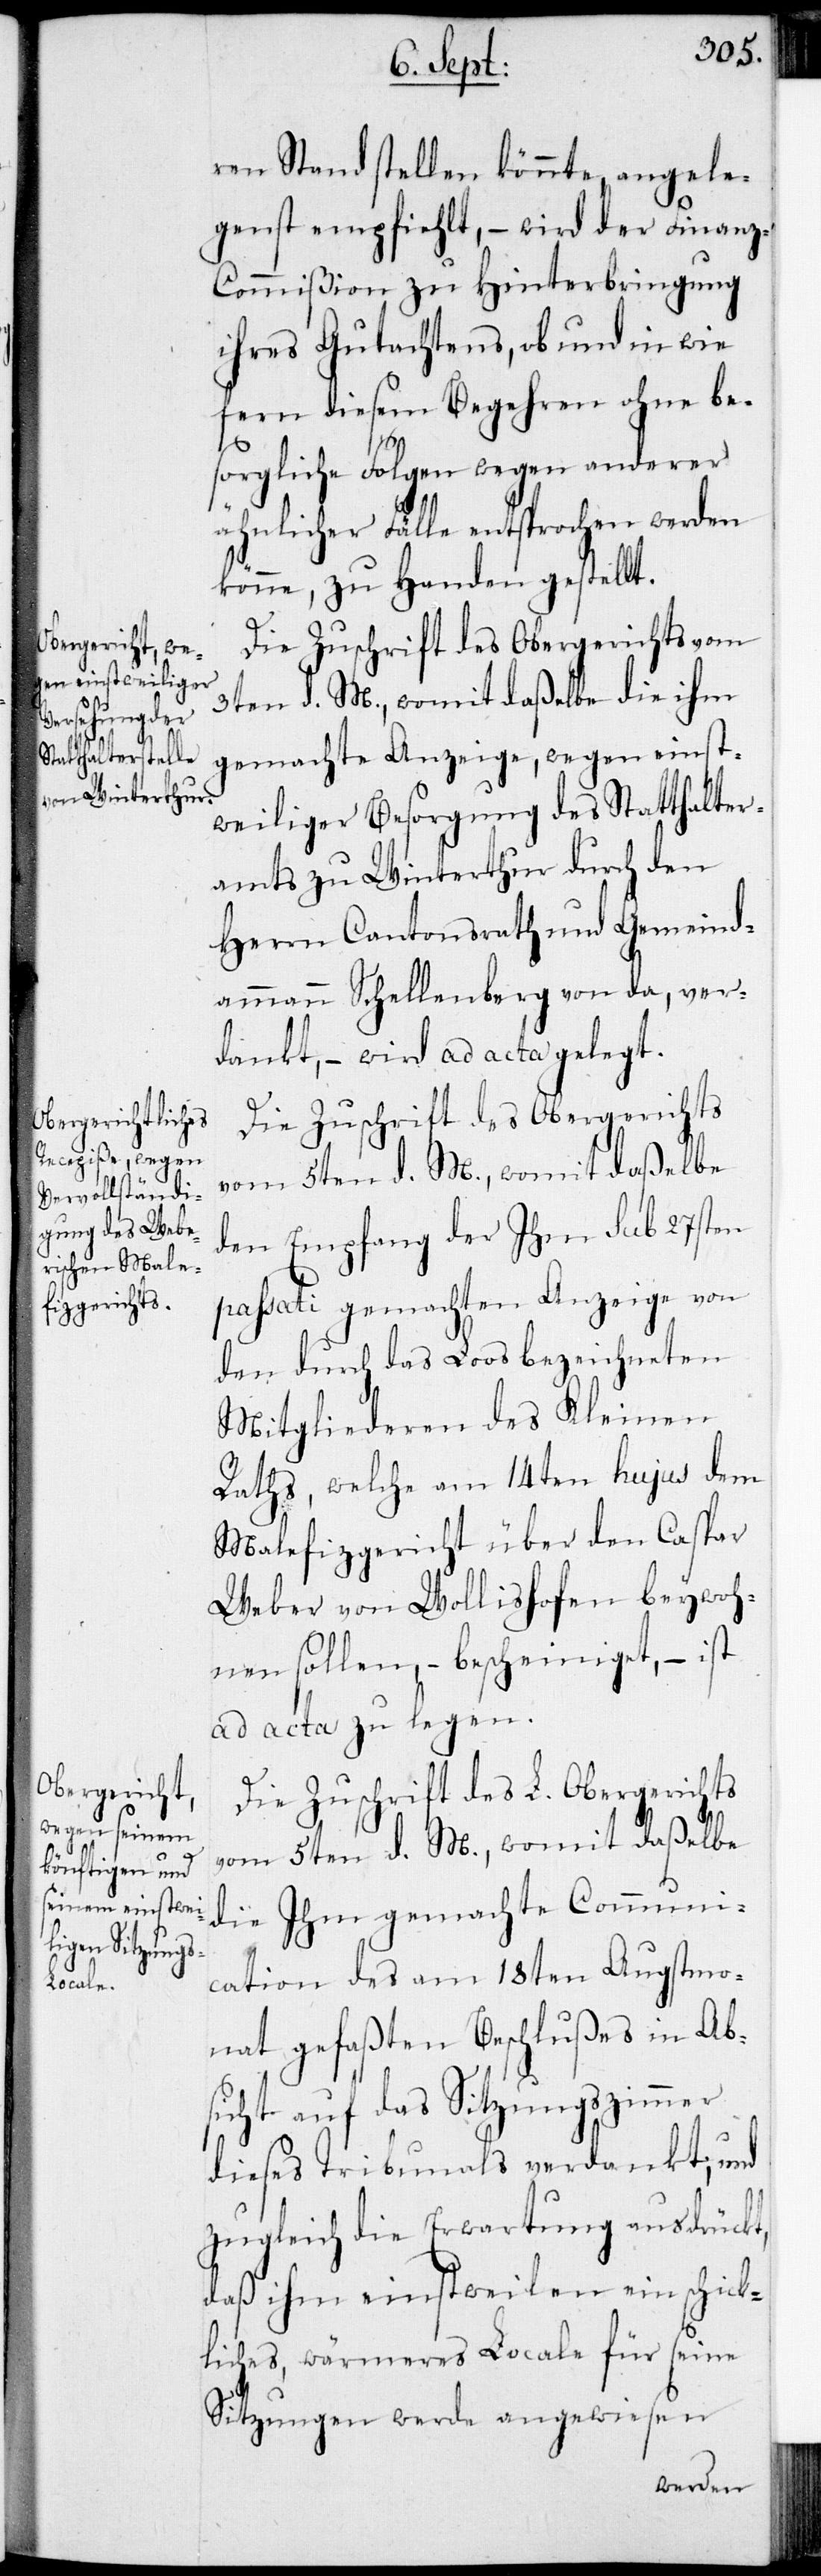
ren Stand stellen könnte, angele¬
genst empfiehlt, – wird der Finan¬
z-Commißion zu Hinterbringung
ihres Gutachtens, ob und in wie
fern diesem Begehren ohne be¬
sorgliche Folgen wegen anderer
ähnlicher Fälle entsprochen werden
könne, zu Handen gestellt.
Die Zuschrift des Obergerichts vom
3ten d. M., womit daßelbe die ihm
gemachte Anzeige, wegen einst¬
weiliger Besorgung des Statthalter¬
amts zu Winterthur durch den
Herrn Cantonsrath und Gemeind¬
ammann Schellenberg von da, ver¬
dankt, – wird ad acta gelegt.
Die Zuschrift des Obergerichts
vom 5ten d. M., womit daßelbe
den Empfang der Ihm sub 27sten
passati gemachten Anzeige von
den durch das Loos bezeichneten
Mitgliederen des Kleinen
Raths, welche am 14ten hujus dem
Malefizgericht über den Caspar
Weber von Wollishofen beywoh¬
nen sollen, – bescheinigt, – ist
ad acta zu legen.
Die Zuschrift des L. Obergerichts
vom 5ten d. M., womit daßelbe
die Ihm gemachte Communi¬
cation des am 18ten Augstmo¬
nat gefaßten Beschlußes in Ab¬
sicht auf das Sitzungszimmer
dieses Tribunals verdankt; und
zugleich die Erwartung ausdrückt,
daß ihm einstweilen ein schick¬
liches, wärmeres Locale für seine
Sitzungen werde angewiesen